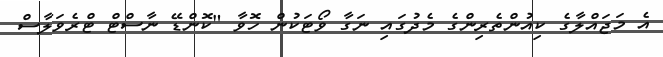
އެ މަޖައްލާގެ ކިއުންތެރިންގެ މެދުގައި ނަގާ ވޯޓަކުން ހޮވާ "ކޮންޑޭ ނާސްޓް ޓްރެވަލާސް